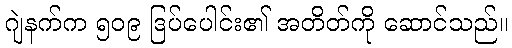
ဂျဲနက်က ၅၀၉ ဒြပ်ပေါင်း၏ အတိတ်ကို ဆောင်သည်။